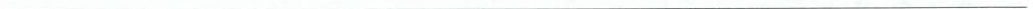
___